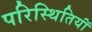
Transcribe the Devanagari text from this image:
परिस्थितियॉं